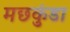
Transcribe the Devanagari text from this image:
मछकुंडा